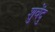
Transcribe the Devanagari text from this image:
शुवेंदु